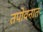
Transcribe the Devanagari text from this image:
तपोवनात